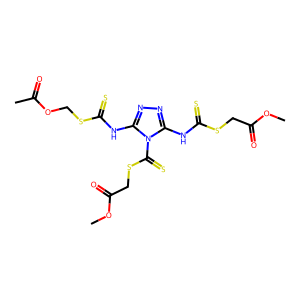
SMILES: COC(=O)CSC(=S)Nc1nnc(NC(=S)SCOC(C)=O)n1C(=S)SCC(=O)OC
Inhibits HIV replication: No